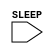
module lc_header
  (
   //**************************************
   //Power Domain
   //Input  - Always On
   //Output - Layer Controller Domain
   //**************************************
   //Signals
   //Input
   SLEEP
   //Output
   );

   input SLEEP; //Active High

   always @(SLEEP) begin
      if (SLEEP) begin
	 $write("%c[1;34m",27); 
	 $display("***********************************************");
	 $display("*********LAYER CONTROLLER IS POWER GATED*******");
	 $display("*********AT TIME:", $time);
	 $display("***********************************************");
	 $write("%c[0m",27); 
      end
      else begin
	 $write("%c[1;34m",27); 
	 $display("***********************************************");
	 $display("********LAYER CONTROLLER IS POWER UNGATED******");
	 $display("*********AT TIME:", $time);
	 $display("***********************************************");
	 $write("%c[0m",27); 
      end
   end // always @ (SLEEP)

endmodule